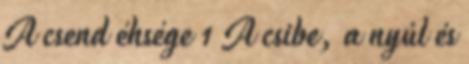
A csend éhsége 1 A csibe, a nyúl és